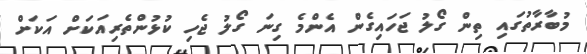
މުބާރާތުގައި ތިން ގޯލު ޖަހައިގެން އެންމެ ގިނަ ގޯލު ޖެހި ކުޅުންތެރިއަކަށް އަކަށް